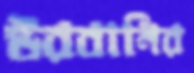
উরবানির